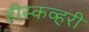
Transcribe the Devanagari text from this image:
डीस्कव्हरी